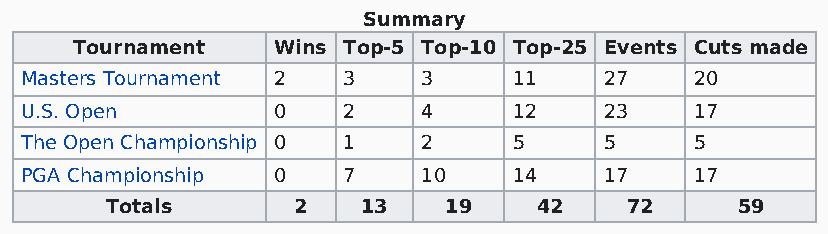
Summary
 Tournament   Wins Top-5 Top-10 Top-25 Events Cuts made
 Masters Tournament 2  3    3     11    27    20
 U.S. Open        0    2    4     12    23    17
 The Open Championship 0 1  2     5     5     5
 PGA Championship 0    7    10    14    17    17
 Totals      2    13   19    42    72      59